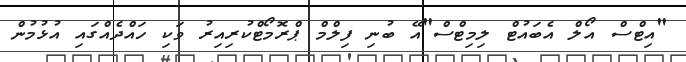
"އިޓްސް އޯލް އެބައުޓް ލިމިޓްސް"އޭ ބުނި ފިލްމް ޕްރޮމޯޓްކުރިއިރު ވަކި ހައްދެއްގައި އުޅުމުން